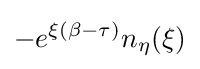
-e^{\xi (\beta -\tau )}n_{\eta }(\xi )